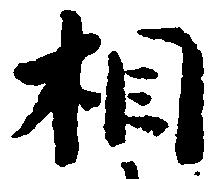
相